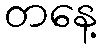
တနေ့